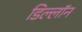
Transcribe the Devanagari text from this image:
डिल्लॉन